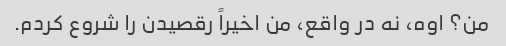
من؟ اوه، نه در واقع، من اخیراً رقصیدن را شروع کردم.